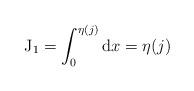
LaTeX: \begin{align*} \operatorname{J}_1=\int_0^{\eta(j)}\mathrm{d} x = \eta(j)\end{align*}